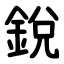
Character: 銳